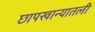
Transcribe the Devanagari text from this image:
छापखान्यातली